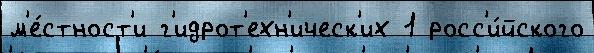
м'е́стност'и г'идрот'ехн'ическ'их 1 росс'и́йского